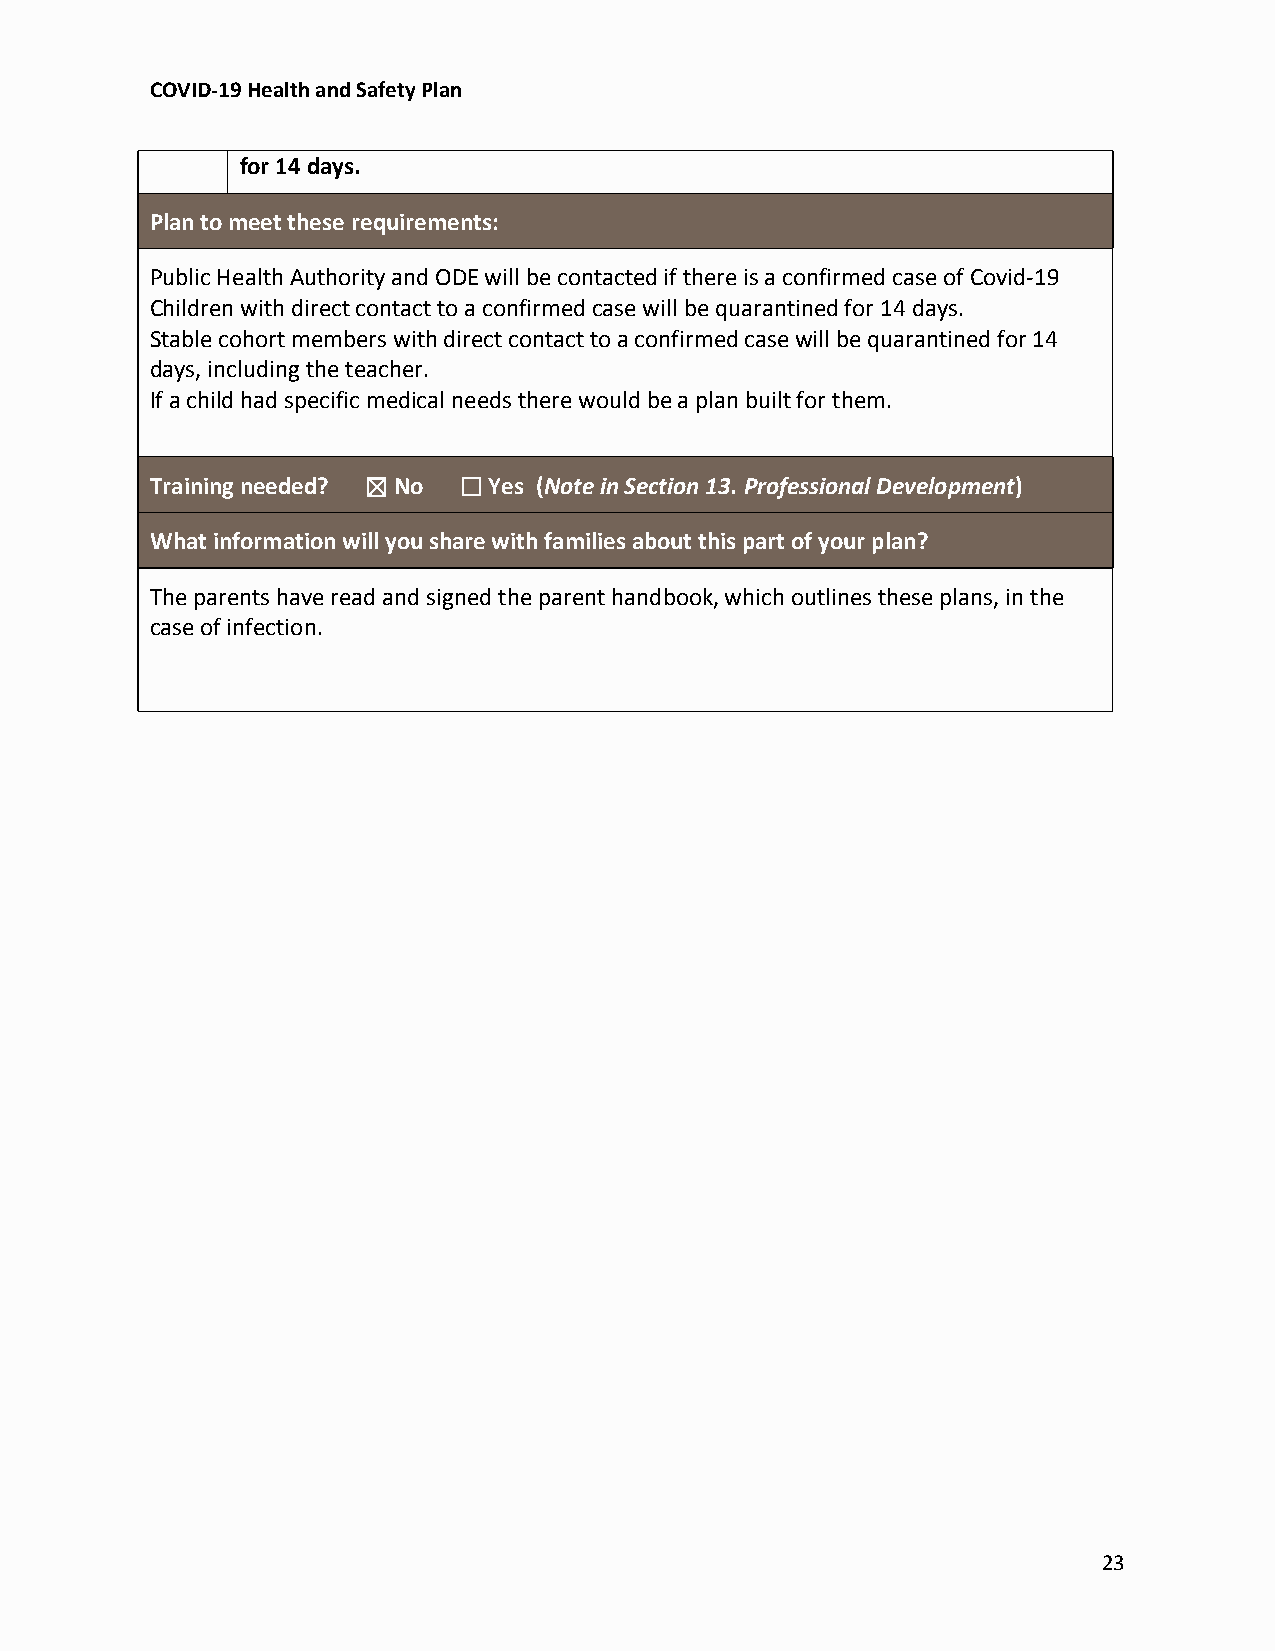
COVID-19 Health and Safety Plan
 for 14 days.
 Plan to meet these requirements:
 Public Health Authority and ODE will be contacted if there is a confirmed case of Covid-19
 Children with direct contact to a confirmed case will be quarantined for 14 days.
 Stable cohort members with direct contact to a confirmed case will be quarantined for 14
 days, including the teacher.
 If a child had specific medical needs there would be a plan built for them.
 Training needed? ☒ No ☐ Yes (Note in Section 13. Professional Development)
 What information will you share with families about this part of your plan?
 The parents have read and signed the parent handbook, which outlines these plans, in the
 case of infection.
 23